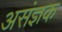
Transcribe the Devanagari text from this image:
असंज्ञक